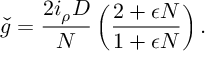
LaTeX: \check { g } = \frac { 2 i _ { \rho } D } { N } \left( \frac { 2 + \epsilon N } { 1 + \epsilon N } \right) .